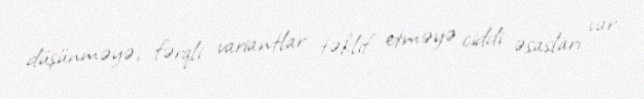
düşünməyə, fərqli variantlar təklif etməyə ciddi əsasları var.